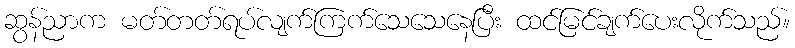
ဆွန်ညာက မတ်တတ်ရပ်လျက်ကြက်သေသေနေပြီး ထင်မြင်ချက်ပေးလိုက်သည်။